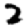
Digit: 2